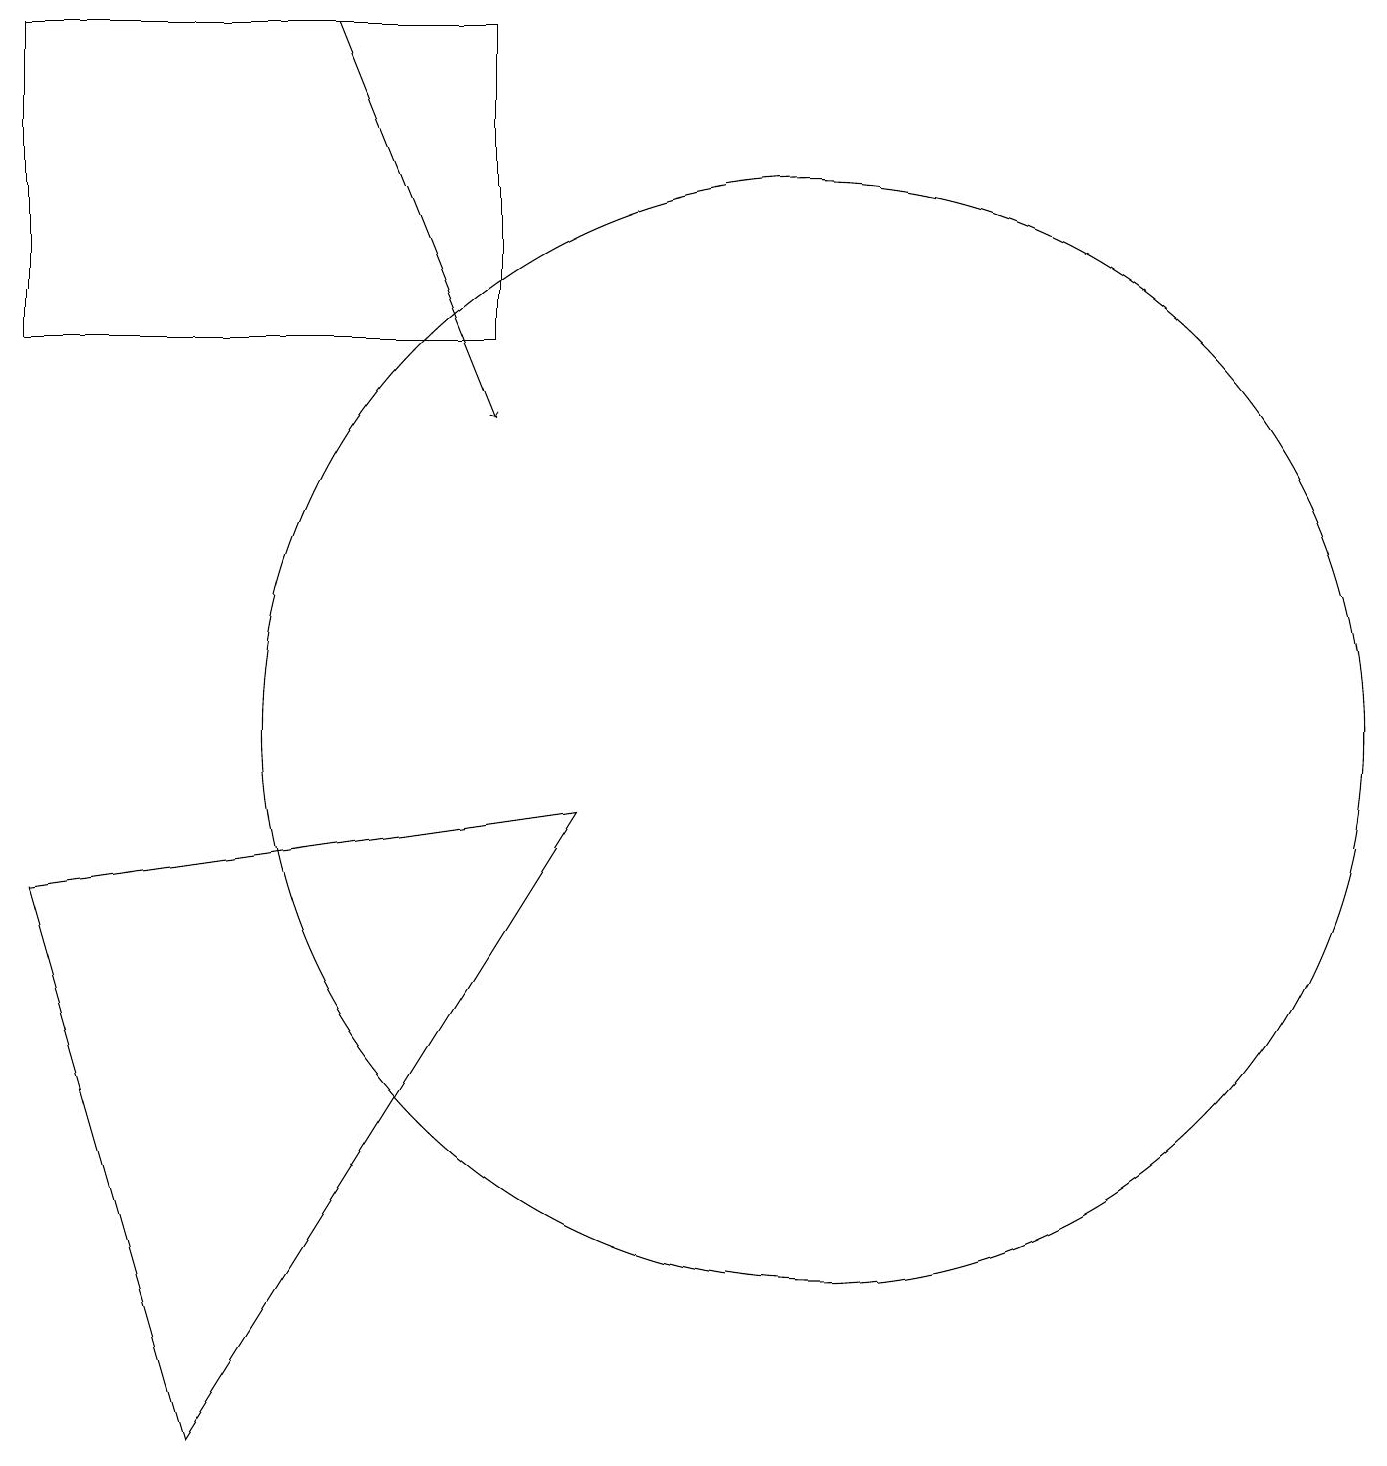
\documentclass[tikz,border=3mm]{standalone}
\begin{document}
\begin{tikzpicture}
\draw (1,8) -- (8,9) -- (3,1) -- cycle;
\draw (11,10) circle (7);
\draw (1,19) rectangle (7,15);
\draw[->] (5,19) -- (7,14);
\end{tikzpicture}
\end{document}